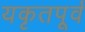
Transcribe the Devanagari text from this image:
यकृतपूर्व